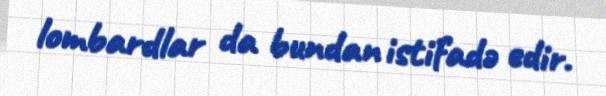
lombardlar da bundan istifadə edir.